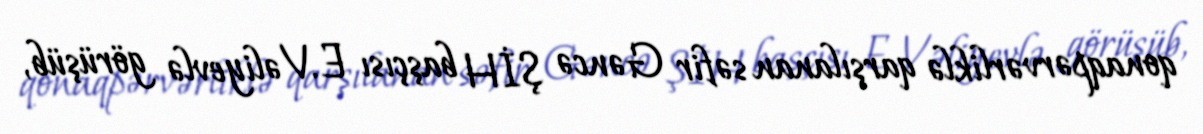
qonaqpərvərliklə qarşılanan səfir Gəncə ŞİH başçısı E.Vəliyevlə görüşüb,